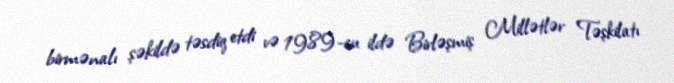
birmənalı şəkildə təsdiq etdi və 1989-cu ildə Birləşmiş Millətlər Təşkilatı